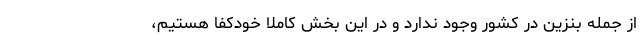
از جمله بنزین در کشور وجود ندارد و در این بخش کاملا خودکفا هستیم،